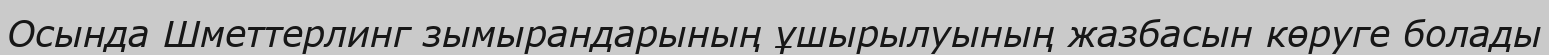
Осында Шметтерлинг зымырандарының ұшырылуының жазбасын көруге болады